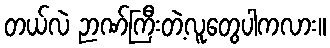
တယ်လဲ ဉာဏ်ကြီးတဲ့လူတွေပါကလား။